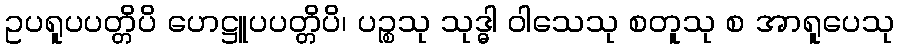
ဥပရူပပတ္တိပိ ဟေဋ္ဌူပပတ္တိပိ၊ ပဉ္စသု သုဒ္ဓါ ဝါသေသု စတူသု စ အာရူပေသု